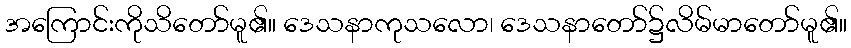
အကြောင်းကိုသိတော်မူ၏။ ဒေသနာကုသလော၊ ဒေသနာတော်၌လိမ်မာတော်မူ၏။